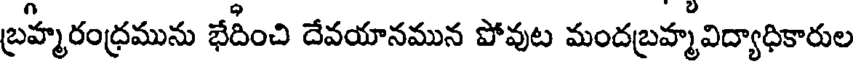
బ్రహ్మరంధ్రమును భేదీంచి దేవయానమున పోవుట మందబ్రహ్మవిద్యాధికారుల